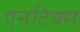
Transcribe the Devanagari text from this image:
एनटिक्स